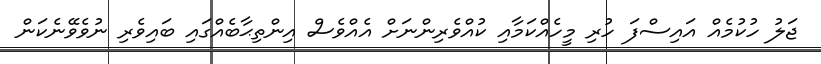
ޖަލު ހުކުމެއް އައިސްފަ ހުރި މީހެއްކަމާއި ކުއްވެރިންނަށް އެއްވެސް އިންތިޙާބެއްގައި ބައިވެރި ނުވެވޭނެކަން